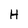
Character: H